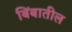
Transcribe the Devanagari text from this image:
बिंबातील